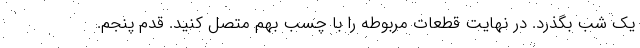
یک شب بگذرد. در نهایت قطعات مربوطه را با چسب بهم متصل کنید. قدم پنجم.